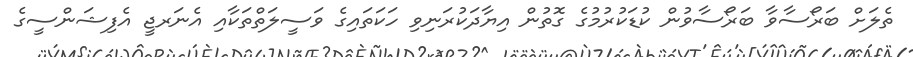
ތެލަށް ބަރޯސާވާ ބަރޯސާވުން ކުޑަކުރުމުގެ ގޮތުން އިޔާދަކުރަނިވި ހަކަތައިގެ ވަސީލަތްތަކާއި އެނަރޖީ އެފިޝަންސީގެ